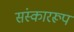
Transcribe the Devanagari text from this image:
संस्काररूप